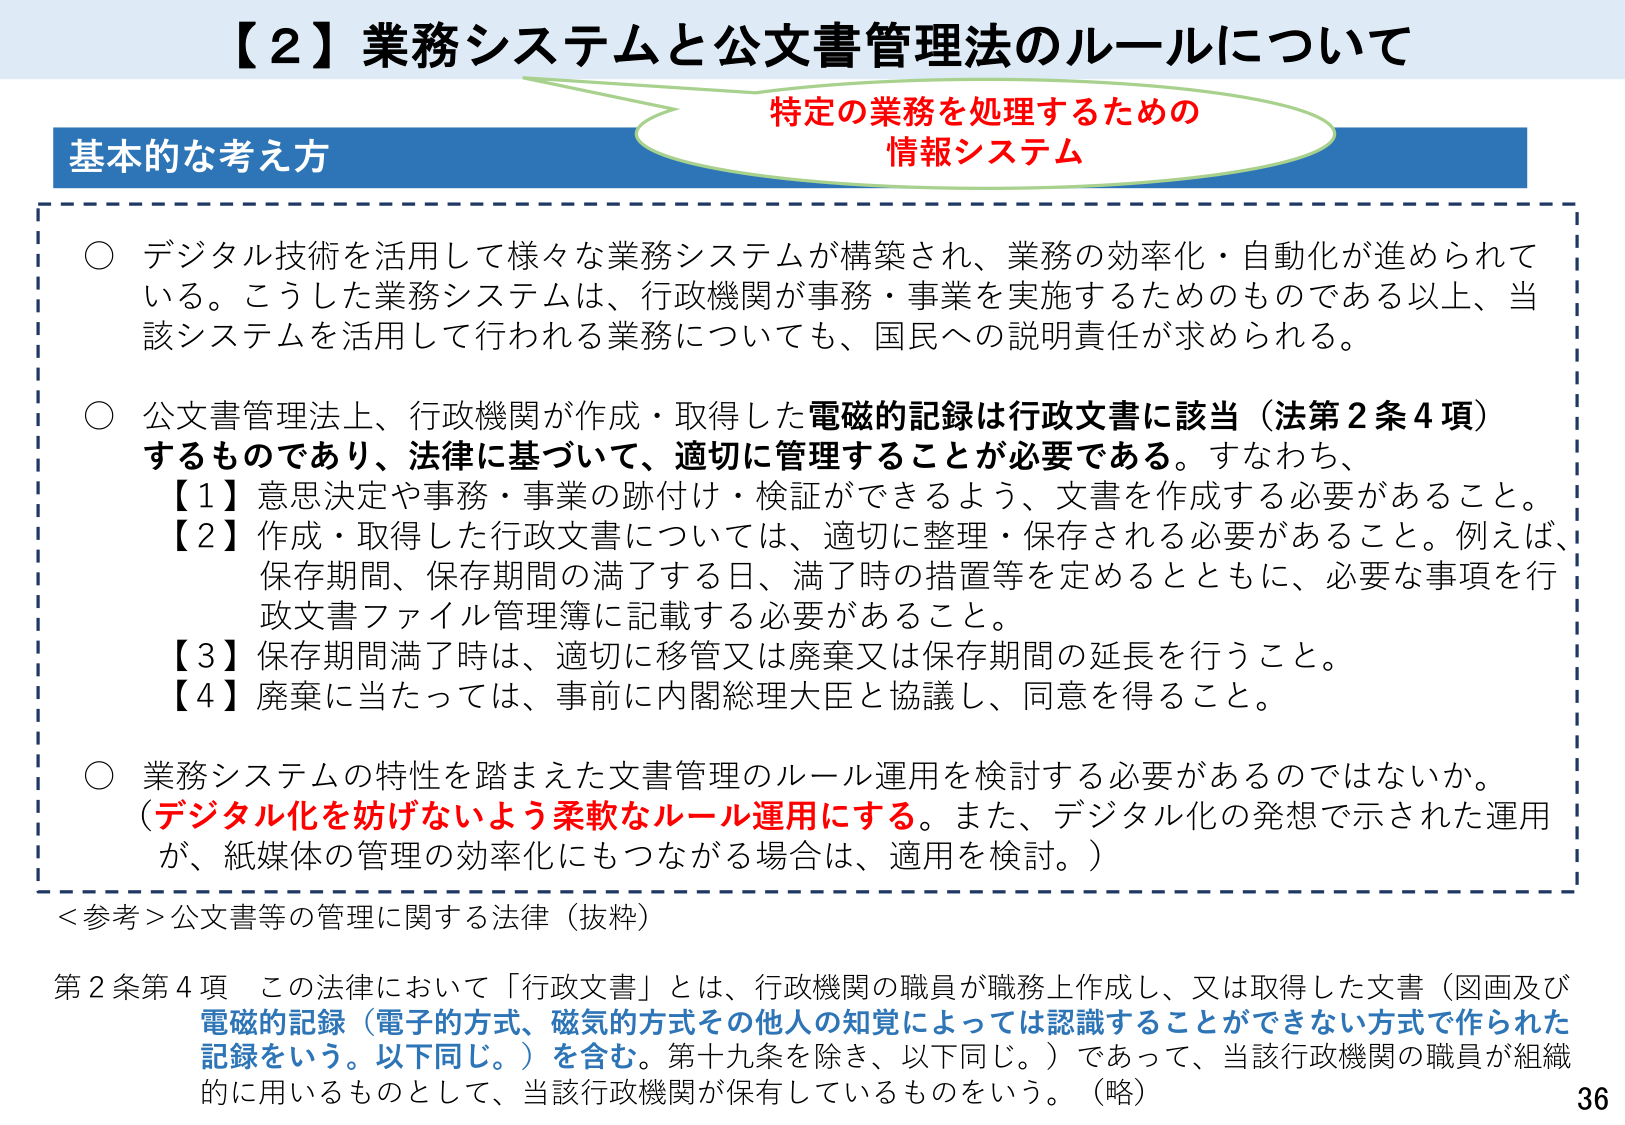
【２】業務システムと公文書管理法のルールについて

基本的な考え方

特定の業務を処理するための
情報システム

○ デジタル技術を活用して様々な業務システムが構築され、業務の効率化・自動化が進められている。こうした業務システムは、行政機関が事務・事業を実施するためのものである以上、当該システムを活用して行われる業務についても、国民への説明責任が求められる。

○ 公文書管理法上、行政機関が作成・取得した電磁的記録は行政文書に該当（法第２条４項）するものであり、法律に基づいて、適切に管理することが必要である。すなわち、
【１】意思決定や事務・事業の跡付け・検証ができるよう、文書を作成する必要があること。
【２】作成・取得した行政文書については、適切に整理・保存される必要があること。例えば、保存期間、保存期間の満了する日、満了時の措置等を定めるとともに、必要な事項を行政文書ファイル管理簿に記載する必要があること。
【３】保存期間満了時は、適切に移管又は廃棄又は保存期間の延長を行うこと。
【４】廃棄に当たっては、事前に内閣総理大臣と協議し、同意を得ること。

○ 業務システムの特性を踏まえた文書管理のルール運用を検討する必要があるのではないか。
（デジタル化を妨げないよう柔軟なルール運用にする。また、デジタル化の発想で示された運用が、紙媒体の管理の効率化にもつながる場合は、適用を検討。）

＜参考＞公文書等の管理に関する法律（抜粋）

第２条第４項 この法律において「行政文書」とは、行政機関の職員が職務上作成し、又は取得した文書（図画及び電磁的記録（電子的方式、磁気的方式その他人の知覚によっては認識することができない方式で作られた記録をいう。以下同じ。）を含む。第十九条を除き、以下同じ。）であって、当該行政機関の職員が組織的に用いるものとして、当該行政機関が保有しているものをいう。（略）

36